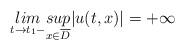
LaTeX: \begin{align*}\underset{t\rightarrow t_1-}{lim}\underset{x\in \overline{D}}{sup}|u(t,x)|=+\infty\end{align*}